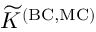
{ \widetilde K } ^ { \mathrm { { ( B C , M C ) } } }